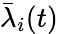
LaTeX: \bar{\lambda}_{i}(t)